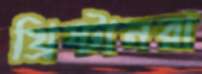
খ্রিষ্টানরা